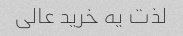
لذت یه خرید عالی